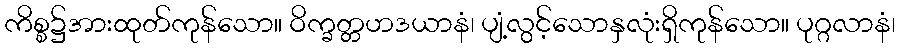
ကိစ္စ၌အားထုတ်ကုန်သော။ ဝိက္ခတ္တဟဒယာနံ၊ ပျံ့လွင့်သောနှလုံးရှိကုန်သော။ ပုဂ္ဂလာနံ၊